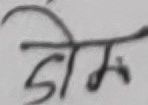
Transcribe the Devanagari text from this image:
होस्